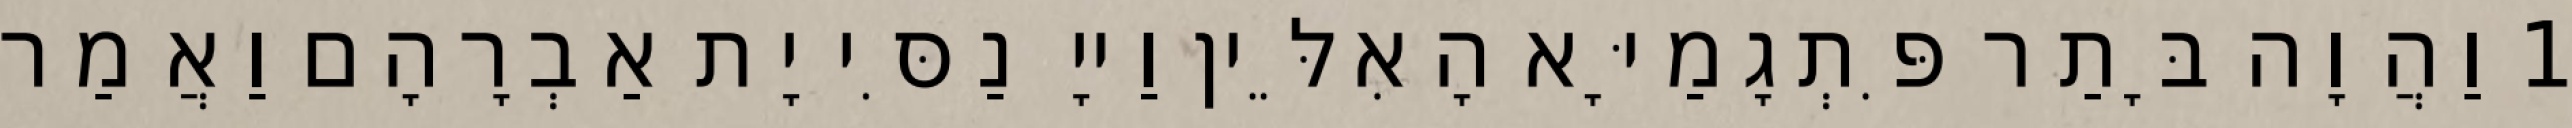
1 וַהֲוָה בָּתַר פִּתְגָמַיָּא הָאִלֵּין וַייָ נַסִּי יָת אַבְרָהָם וַאֲמַר